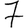
Digit: 7